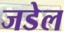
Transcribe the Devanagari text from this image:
जडेल